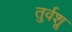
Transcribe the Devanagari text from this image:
तुर्वशू